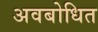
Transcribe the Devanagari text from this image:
अवबोधित